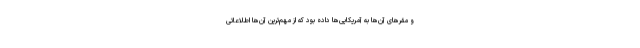
و مقر‌های آن‌ها به آمریکایی‌ها داده بود که از مهم‌ترین آن‌ها اطلاعاتی